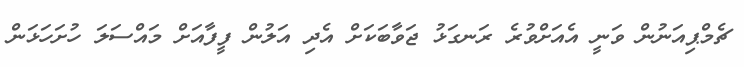
ޗެމްޕިއަނުން ވަނީ އެއަށްވުރެ ރަނގަޅު ޖަވާބަކަށް އެދި އަލުން ފީފާއަށް މައްސަލަ ހުށަހަޅަން